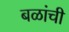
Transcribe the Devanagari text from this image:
बळांची